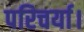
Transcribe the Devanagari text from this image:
परिचर्या।